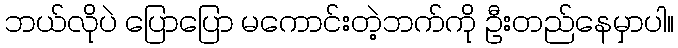
ဘယ်လိုပဲ ပြောပြော မကောင်းတဲ့ဘက်ကို ဦးတည်နေမှာပါ။